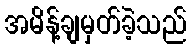
အမိန့်ချမှတ်ခဲ့သည်